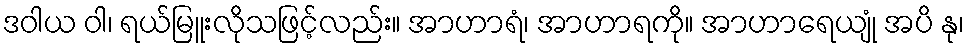
ဒဝါယ ဝါ၊ ရယ်မြူးလိုသဖြင့်လည်း။ အာဟာရံ၊ အာဟာရကို။ အာဟာရေယျုံ အပိ နု၊